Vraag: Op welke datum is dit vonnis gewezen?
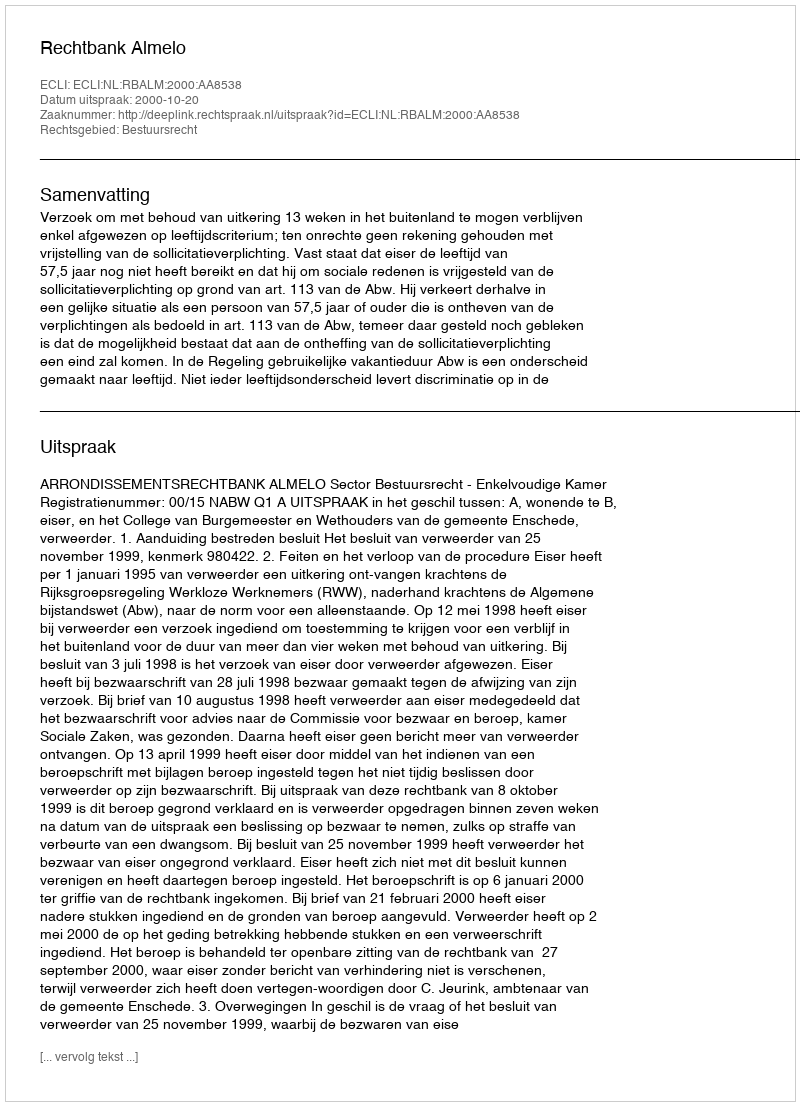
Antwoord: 2000-10-20